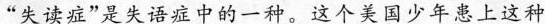
“失读症”是失语症中的一种，这个美国少年患上这种